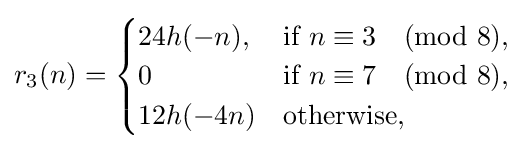
r_{3}(n)={\begin{cases}24h(-n),&{\text{if }}n\equiv 3{\pmod {8}},\\0&{\text{if }}n\equiv 7{\pmod {8}},\\12h(-4n)&{\text{otherwise}},\end{cases}}